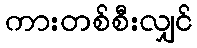
ကားတစ်စီးလျှင်